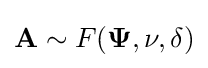
{\mathbf {A} }\sim F({\mathbf {\Psi } },\nu ,\delta )